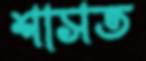
শাসত